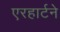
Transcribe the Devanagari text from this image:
एरहार्टने